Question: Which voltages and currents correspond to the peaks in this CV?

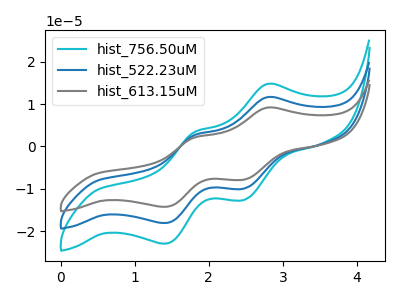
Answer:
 <answer>The cyan curve "hist_756.50uM" has anodic peaks at (2.80V, 14.70uA) (1.80V, 3.40uA) and cathodic peaks at (2.45V, -12.65uA) (1.40V, -22.95uA). The blue curve "hist_522.23uM" has anodic peaks at (2.80V, 11.60uA) (1.80V, 2.70uA) and cathodic peaks at (2.45V, -9.95uA) (1.40V, -18.10uA). The gray curve "hist_613.15uM" has anodic peaks at (2.80V, 23.20uA) (1.80V, 5.40uA) and cathodic peaks at (2.45V, -19.90uA) (1.40V, -36.15uA).</answer>
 <eval></eval>